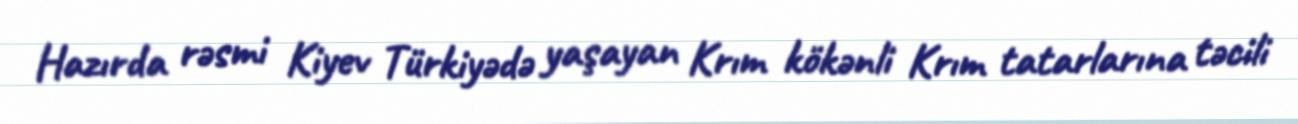
Hazırda rəsmi Kiyev Türkiyədə yaşayan Krım kökənli Krım tatarlarına təcili